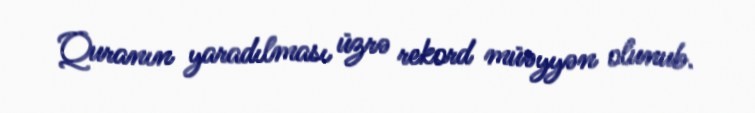
Quranın yaradılması üzrə rekord müəyyən olunub.